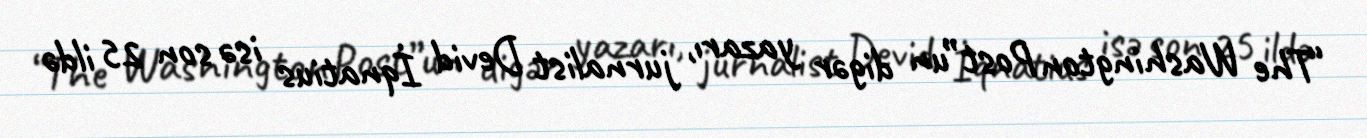
“The Washington Post”un digər yazarı, jurnalist Devid İqnatius isə son 25 ildə